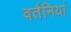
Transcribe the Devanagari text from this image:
वर्तनियां